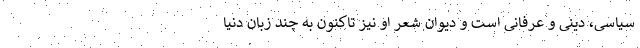
سیاسی، دینی و عرفانی است و دیوان شعر او نیز تاکنون به چند زبان دنیا